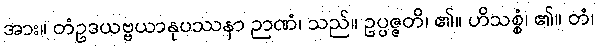
အား။ တံဥဒယဗ္ဗယာနုပဿနာ ဉာဏံ၊ သည်။ ဥပ္ပဇ္ဇတိ၊ ၏။ ဟိသစ္စံ၊ ၏။ တံ၊